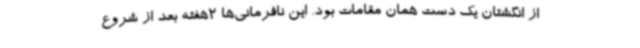
از انگشتان یک دست همان مقامات بود. این نافرمانی‌ها 2هفته بعد از شروع